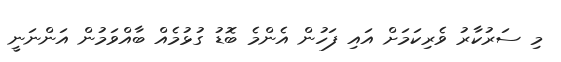
މި ސަރުކާރު ވެރިކަމަށް އައި ފަހުން އެންމެ ބޮޑު ގުޅުމެއް ބާއްވަމުން އަންނަނީ